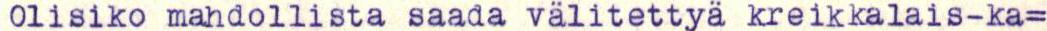
Olisiko mahdollista saada välitettyä kreikkalais-ka=